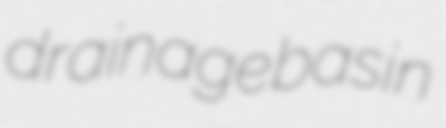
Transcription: drainage basin